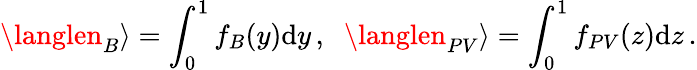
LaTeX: \langlen_{B}\rangle=\int_{0}^{1}f_{B}(y)\mathrm{d}y\, ,\; \; \langlen_{PV}\rangle=\int_{0}^{1}f_{PV}(z)\mathrm{d}z\, .